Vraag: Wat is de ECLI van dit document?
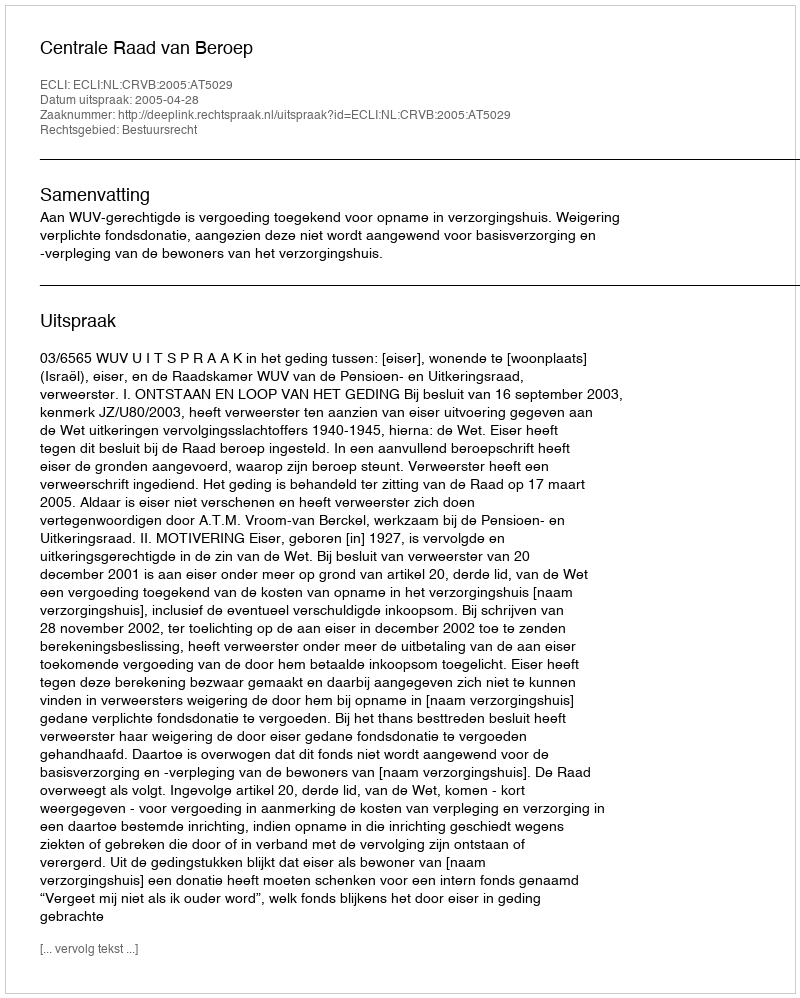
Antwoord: ECLI:NL:CRVB:2005:AT5029